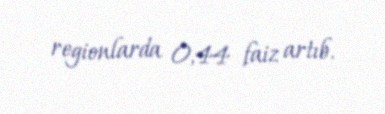
regionlarda 0,44 faiz artıb.